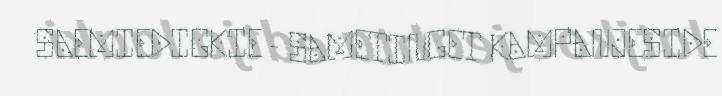
SAEMIEDIGKIE - SAMETINGET KAMPANJESIDE